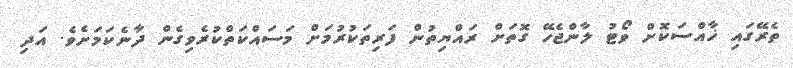
ތެރޭގައި ޚާއްސަކޮށް ވޯޓު ލާންޖެހޭ ގޮތަށް ރައްޔިތުން ފަރިތަކުރުމަށް މަސައްކަތްކުރެވިގެން ދާނެކަމަށެވެ. އަދި